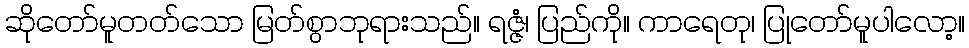
ဆိုတော်မူတတ်သော မြတ်စွာဘုရားသည်။ ရဇ္ဇံ၊ ပြည်ကို။ ကာရေတု၊ ပြုတော်မူပါလော့။